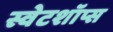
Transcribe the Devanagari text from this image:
स्वेटशॉप्स